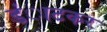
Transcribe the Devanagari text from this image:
डंाटकर